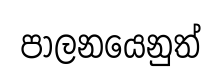
පාලනයෙනුත්